Leaving Certificate Examination, 1919
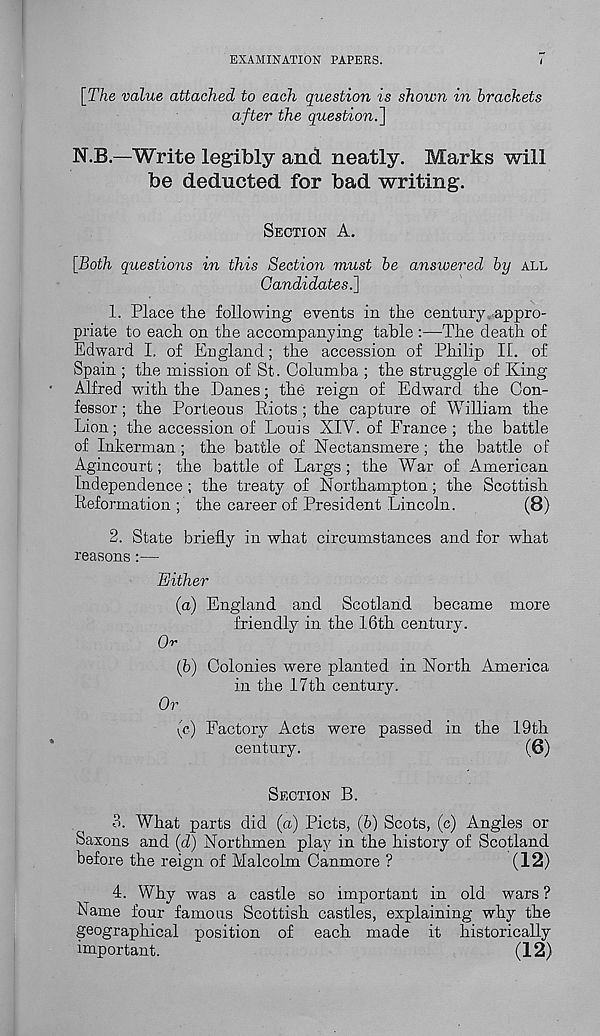
EXAMINATION PAPERS.
[The value attached to each question is shown in brackets
after the question.]
N.B.—Write legibly and neatly. Marks will
be deducted for bad writing.
SECTION A.
[Both questions in this Section must be answered by ALL
Candidates^]
1. Place the following events in the century appro-
priate to each on the accompanying table :—The death of
Edward I. of England; the accession of Philip II. of
Spain ; the mission of St. Columba ; the struggle of King
Alfred with the .Danes; the reign of Edward the Con-
fessor ; the Porteous Riots ; the capture of William the
Lion; the accession of Louis XIV. of France; the battle
of Inkerman; the battle of Nectansrnere; the battle of
Agincourt; the battle of Largs ; the War of American
Independence ; the treaty of Northampton; the Scottish
Reformation ; the career of President Lincoln.
(8)
2. State briefly in what circumstances and for what
reasons:—
Either
(a) England and Scotland became more
friendly in the 16th century.
Or
(b) Colonies were planted in North America
in the 17th century.
Or
(c) Factory Acts were passed in the 19th
century.
(6)
SECTION B.
3. What parts did (a) Piets, (b) Scots, (c) Angles or
Saxons and (d) Northmen play in the history of Scotland
before the reign of Malcolm Canmore ?
(12)
4. Why was a castle so important in old wars ?
Name four famous Scottish castles, explaining why the
geographical position of each made it historically
important.
(12)